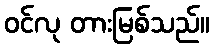
ဝင်လု တားမြစ်သည်။